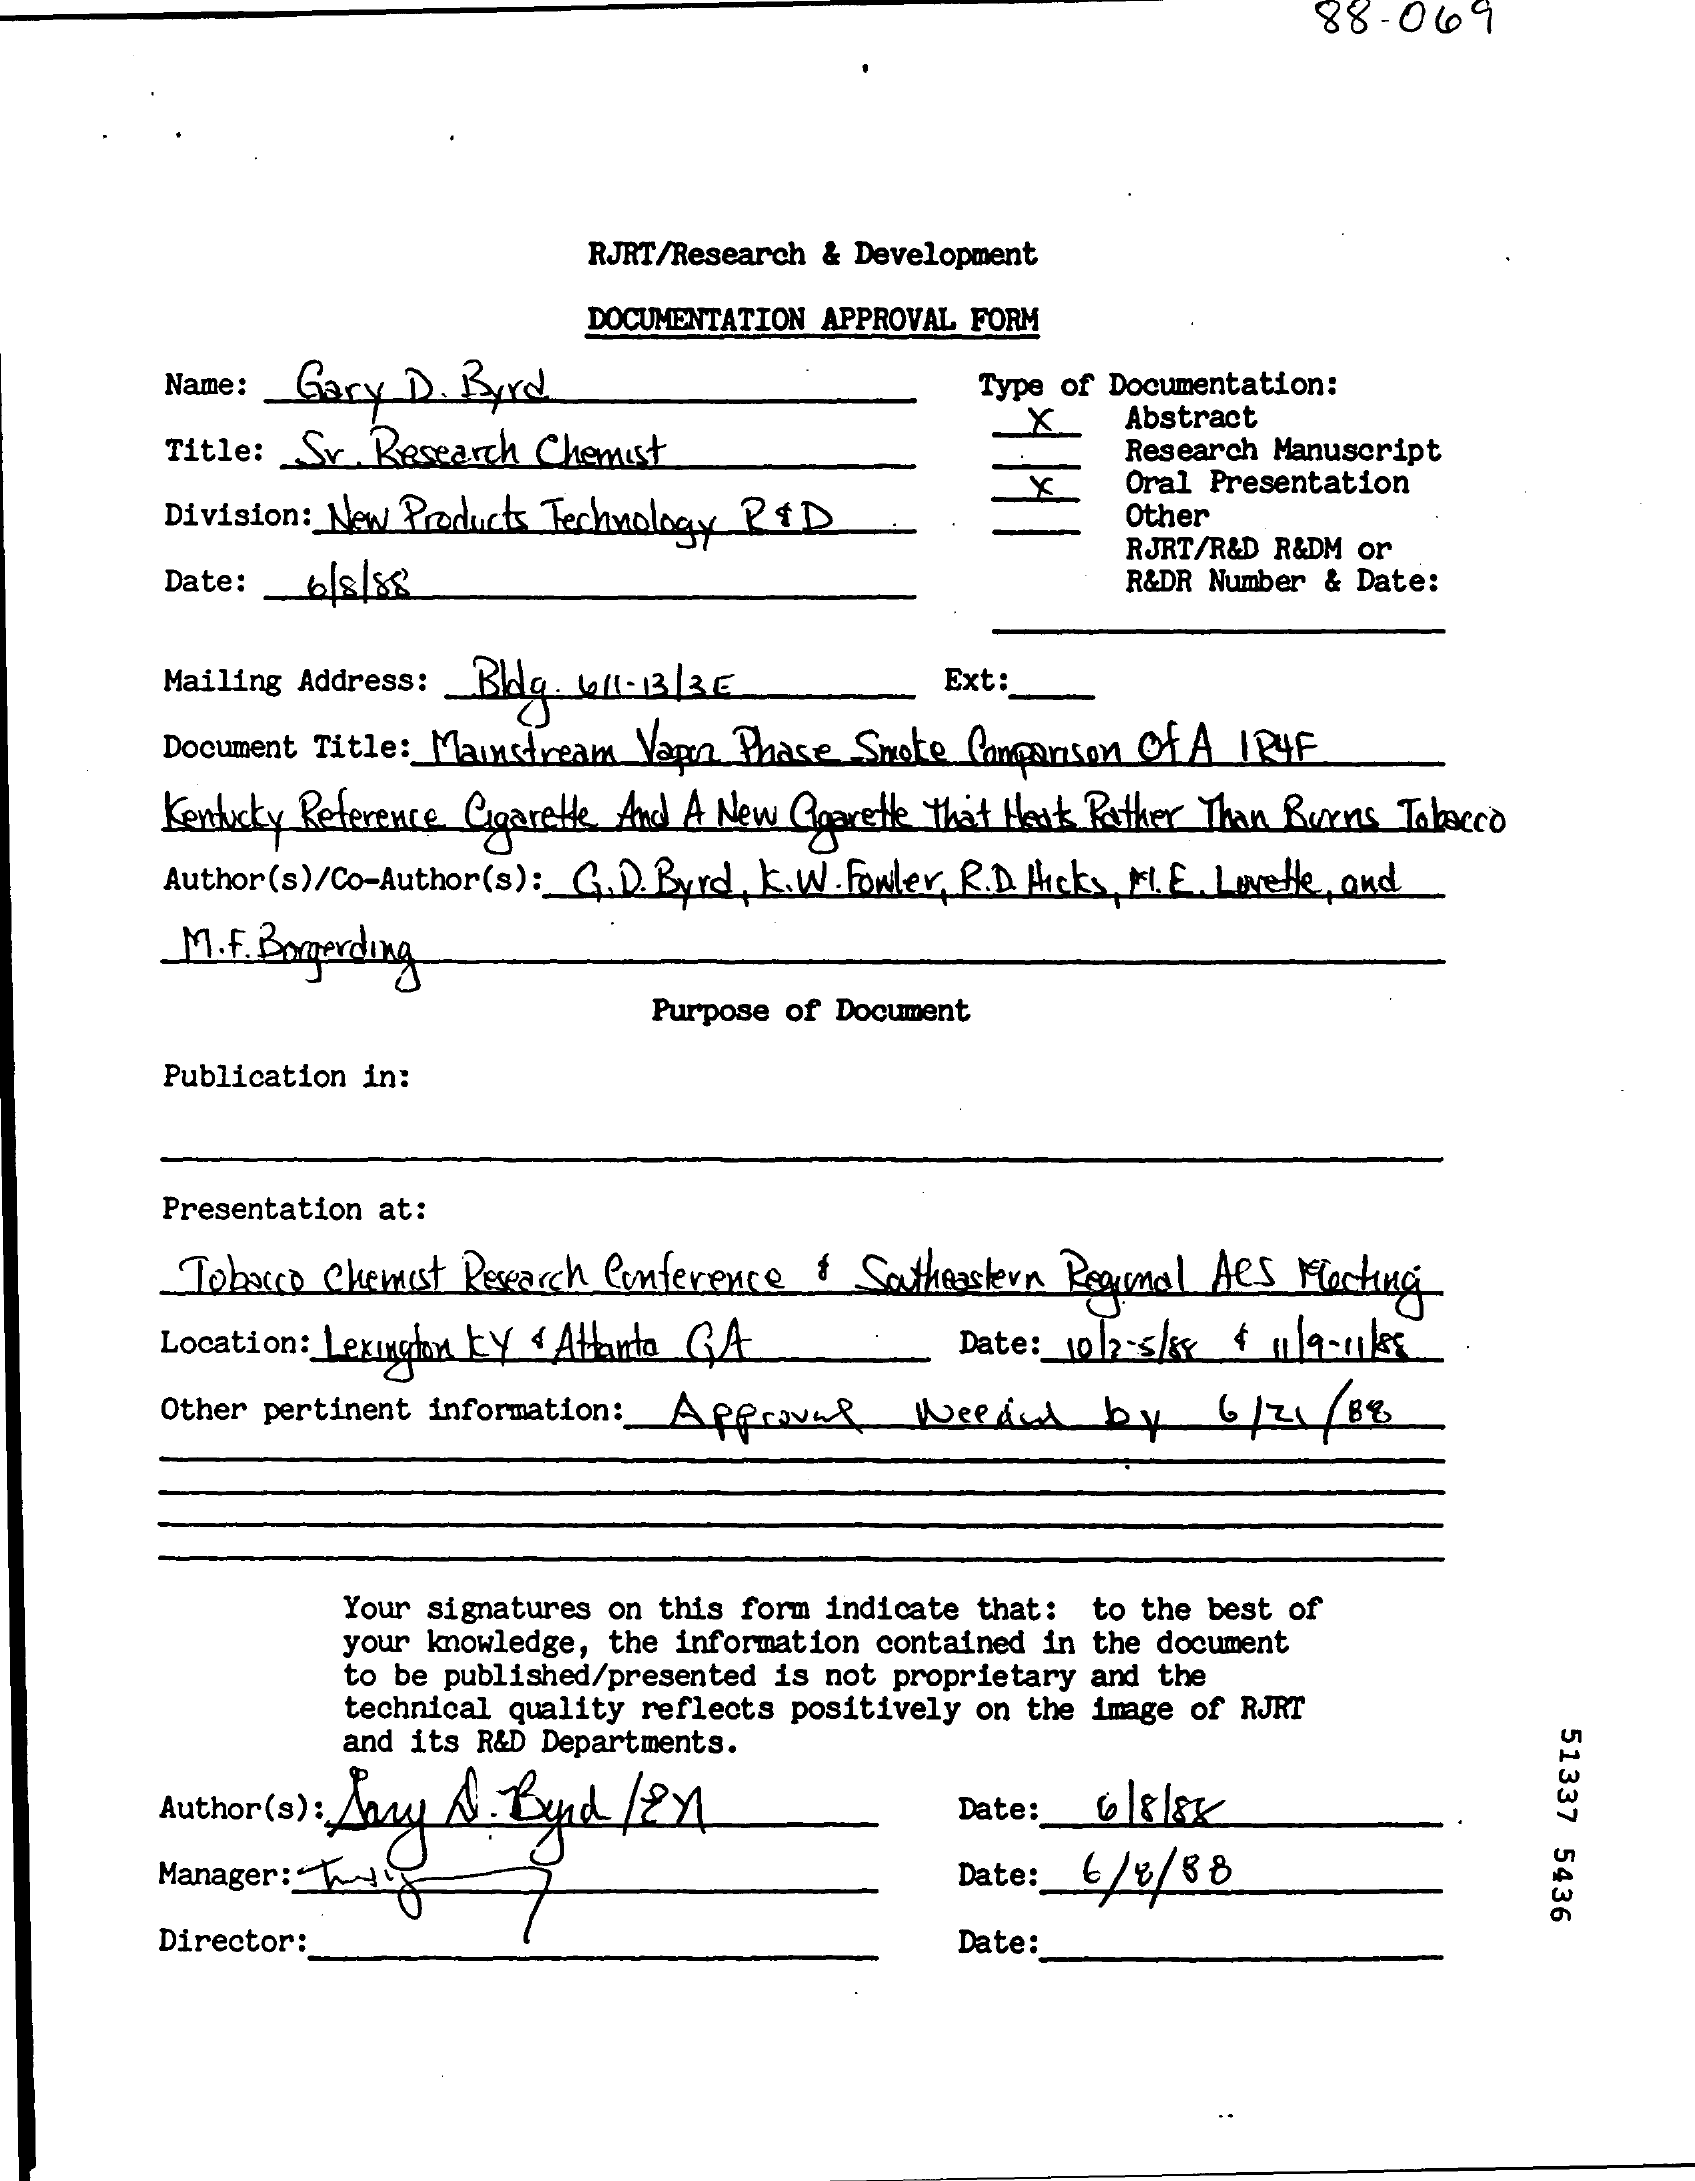
88- 069
     RJRT/Research & Development
     DOCUMENTATION APPROVAL FORM
     Name:  Gary D. Byrd    Type of Documentation:
     Title: _ Sr Research Chemist
     X    Abstract
     Research Manuscript
     Division: New Products Technology RID
     Oral Presentation
     Other
     Date: _ 68/88
     RJRT/R&D R&DM or
     R&DR Number & Date:
     Mailing Address: Blo. (1-1336    Ext:
     Document Title :_ Mainstream Vagn Phase Smote Comparison Of A IR4F
     Kentucky Reference Cigarette And A New Qgarette That Hauk Rather Than Burns Tabacco
     Author(s)/Co-Author(s): G.D. Byrd k.W. fowler, R.D Hicks,FL.E. Levele, and
     M . F. Bomerding
     Purpose of Document
     Publication in:
     Presentation at:
     Tobacco Chemist Research Conference & Southeastern Regmal ARS Maching
     Location: Lexington Ly & Atlanta GA    Date: 1012-5/8x 4 1119-11/85
     Other pertinent information: Afew&    Weed    by    6/7    8%
     Your signatures on this form indicate that: to the best of
     your knowledge, the information contained in the document
     to be published/presented is not proprietary and the
     technical quality reflects positively on the image of RJRT
     and its R&D Departments.
     51337
     5436
     Author (s) : Lary N Bund /en    Date :_
     Manager: 1    Date:  6/8/88
     Director:    Date: